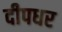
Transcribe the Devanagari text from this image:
दीपधर